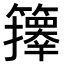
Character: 𥷐